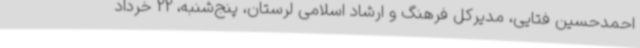
احمدحسین فتایی، مدیرکل فرهنگ و ارشاد اسلامی لرستان، پنج‌شنبه، 22 خرداد